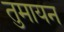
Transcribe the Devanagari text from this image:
तुमायन